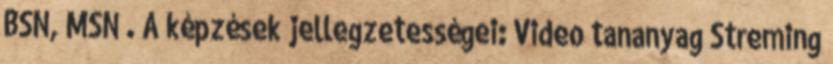
BSN, MSN . A képzések jellegzetességei: Video tananyag Streming